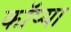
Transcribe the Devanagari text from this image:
कॉप्या